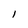
Character: I